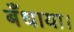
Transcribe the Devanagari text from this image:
बँधाया।